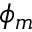
\phi _ { m }